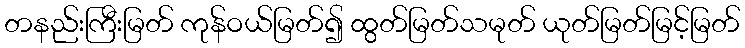
တနည်းကြီးမြတ် ကုန်ဝယ်မြတ်၍ ထွတ်မြတ်သမုတ် ယုတ်မြတ်မြင့်မြတ်